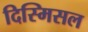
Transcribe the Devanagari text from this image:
दिस्मिसल